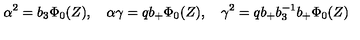
\alpha ^ { 2 } = b _ { 3 } \Phi _ { 0 } ( Z ) , \quad \alpha \gamma = q b _ { + } \Phi _ { 0 } ( Z ) , \quad \gamma ^ { 2 } = q b _ { + } b _ { 3 } ^ { - 1 } b _ { + } \Phi _ { 0 } ( Z )